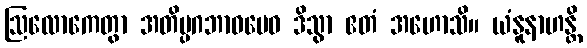
ဩလောကေတွာ အတိပ္ပဂဘာဝမေဝ ဒိသွာ ဧတံ အဟောသိ။ ယံနူနာဟန္တိ